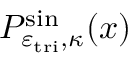
P _ { \varepsilon _ { \mathrm { t r i } } , \kappa } ^ { \sin } ( x )